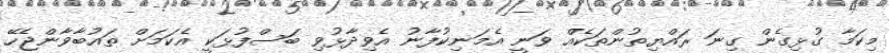
މިކަމާ ގުޅިގެން ގިނަ ރައްޔިތުންތަކެއް ވަނީ އެމަނިކުފާނު އެވިދާޅުވި ބަސްފުޅަކީ އެކަމަށް ތައުބާވާންޖެހޭ